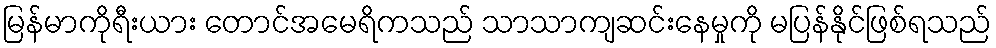
မြန်မာကိုရီးယား တောင်အမေရိကသည် သာသာကျဆင်းနေမှုကို မပြန်နိုင်ဖြစ်ရသည်